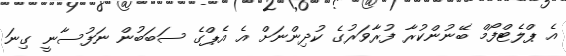
އެ ޕްލެޓްފޯމް ބޭނުންކުރާ ފުރާވަރުގެ ކުދިންނަށް އެ އެޕްގެ ސަބަބުން ނަފުސާނީ ގިނަ